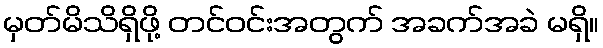
မှတ်မိသိရှိဖို့ တင်ဝင်းအတွက် အခက်အခဲ မရှိ။